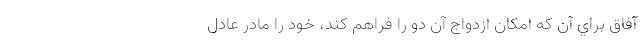
آفاق براي آن که امکان ازدواج آن دو را فراهم کند، خود را مادر عادل